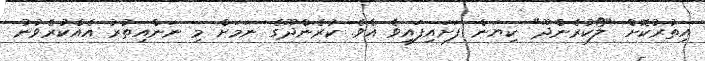
އިތުރުކޮށް "ލޯކުރެންދޫ" ކިޔަން ފަށައިފައިވެ އެވެ. ކުރެންދޫގެ ނަމަށް މި ނަންއިތުރު އެއްކުރެވުނު